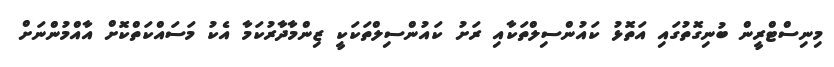
މިނިސްޓްރީން ބުނިގޮތުގައި އަތޮޅު ކައުންސިލްތަކާއި ރަށު ކައުންސިލްތަކަކީ ޒިންމާދާރުކަމާ އެކު މަސައްކަތްކޮށް އާއްމުންނަށް